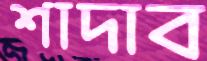
শাদাব